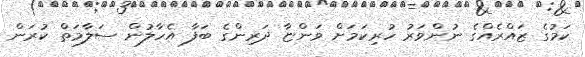
ކަމުގެ ޒައްރެއްގެ ނުންވަރު ހުރިކަމަށް ވަންޏާ ދަރިންގެ ބަފާ އެހާލުން ސަލާމަތް ކުރަން